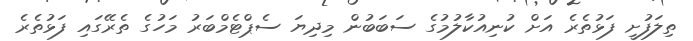
ތިލަފުށީ ފަޅުތެރެ އަށް ކުނިއުކާލުމުގެ ސަބަބުން މިދިޔަ ސެޕްޓެމްބަރު މަހުގެ ތެރޭގައި ފަޅުތެރެ